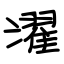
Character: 濯